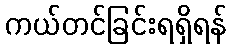
ကယ်တင်ခြင်းရရှိရန်